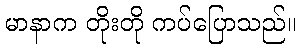
မာနာက တိုးတို ကပ်ပြောသည်။